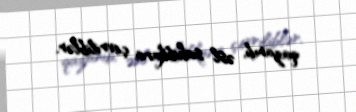
qazanıb, əsl sahibkara çevriliblər.